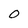
Character: 0